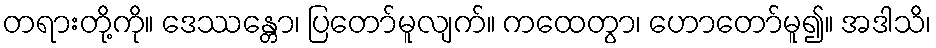
တရားတို့ကို။ ဒေဿန္တော၊ ပြတော်မူလျက်။ ကထေတွာ၊ ဟောတော်မူ၍။ အဒါသိ၊